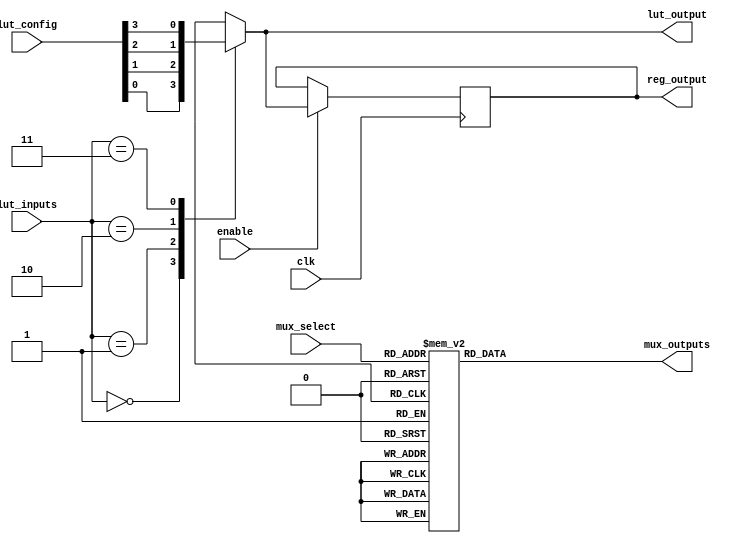
module CLB (
    input wire [3:0] lut_inputs,         // Inputs for LUT
    input wire [3:0] mux_select,         // MUX select lines
    input wire clk,                      // Clock signal for registers
    input wire enable,                   // Enable signal for output
    input wire [3:0] lut_config,         // Configuration for LUT
    output reg [3:0] mux_outputs,        // Outputs from MUX
    output reg lut_output,               // Output from LUT
    output reg reg_output                // Output from Register
);

// Lookup Table (LUT) implementation
always @(*) begin
    case (lut_inputs)
        4'b0000: lut_output = lut_config[0];
        4'b0001: lut_output = lut_config[1];
        4'b0010: lut_output = lut_config[2];
        4'b0011: lut_output = lut_config[3];
        4'b0100: lut_output = lut_config[4];
        4'b0101: lut_output = lut_config[5];
        4'b0110: lut_output = lut_config[6];
        4'b0111: lut_output = lut_config[7];
        4'b1000: lut_output = lut_config[8];
        4'b1001: lut_output = lut_config[9];
        4'b1010: lut_output = lut_config[10];
        4'b1011: lut_output = lut_config[11];
        4'b1100: lut_output = lut_config[12];
        4'b1101: lut_output = lut_config[13];
        4'b1110: lut_output = lut_config[14];
        4'b1111: lut_output = lut_config[15];
        default: lut_output = 1'b0; // Default case
    endcase
end

// Multiplexer implementation
always @(*) begin
    case (mux_select)
        4'b0000: mux_outputs = 4'b0000; // Select input 0
        4'b0001: mux_outputs = 4'b0001; // Select input 1
        4'b0010: mux_outputs = 4'b0010; // Select input 2
        4'b0011: mux_outputs = 4'b0011; // Select input 3
        4'b0100: mux_outputs = 4'b0100; // Select input 4
        4'b0101: mux_outputs = 4'b0101; // Select input 5
        4'b0110: mux_outputs = 4'b0110; // Select input 6
        4'b0111: mux_outputs = 4'b0111; // Select input 7
        4'b1000: mux_outputs = 4'b1000; // Select input 8
        4'b1001: mux_outputs = 4'b1001; // Select input 9
        4'b1010: mux_outputs = 4'b1010; // Select input 10
        4'b1011: mux_outputs = 4'b1011; // Select input 11
        4'b1100: mux_outputs = 4'b1100; // Select input 12
        4'b1101: mux_outputs = 4'b1101; // Select input 13
        4'b1110: mux_outputs = 4'b1110; // Select input 14
        4'b1111: mux_outputs = 4'b1111; // Select input 15
        default: mux_outputs = 4'b0000; // Default case
    endcase
end

// Register implementation
always @(posedge clk) begin
    if (enable) begin
        reg_output <= lut_output; // Store LUT output in register
    end
end

endmodule